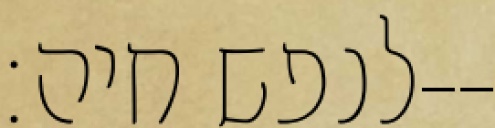
לנפש חיה׃--